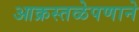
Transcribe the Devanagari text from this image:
आक्रस्तळेपणाने